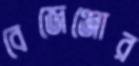
বেজেঞ্জোর